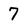
Character: 7